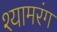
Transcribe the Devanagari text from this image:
श्यामरंग